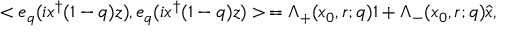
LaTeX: < e _ { q } ( i x ^ { \dagger } ( 1 - q ) z ) , e _ { q } ( i x ^ { \dagger } ( 1 - q ) z ) > \, = \Lambda _ { + } ( x _ { 0 } , r ; q ) 1 + \Lambda _ { - } ( x _ { 0 } , r ; q ) \hat { x } ,